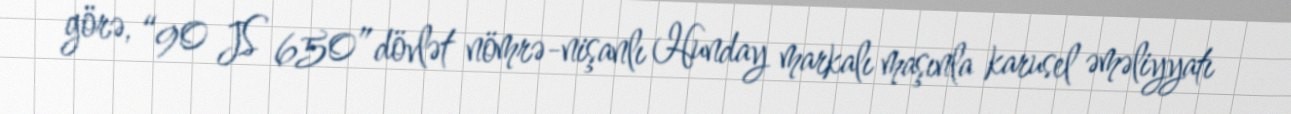
görə, “90 JS 650” dövlət nömrə-nişanlı Hunday markalı maşınla karusel əməliyyatı